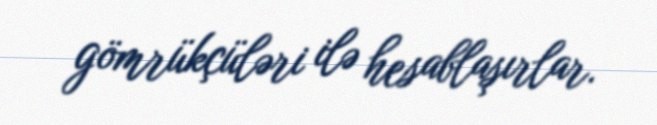
gömrükçüləri ilə hesablaşırlar.